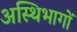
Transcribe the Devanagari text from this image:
अस्थिभागों